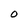
Character: O